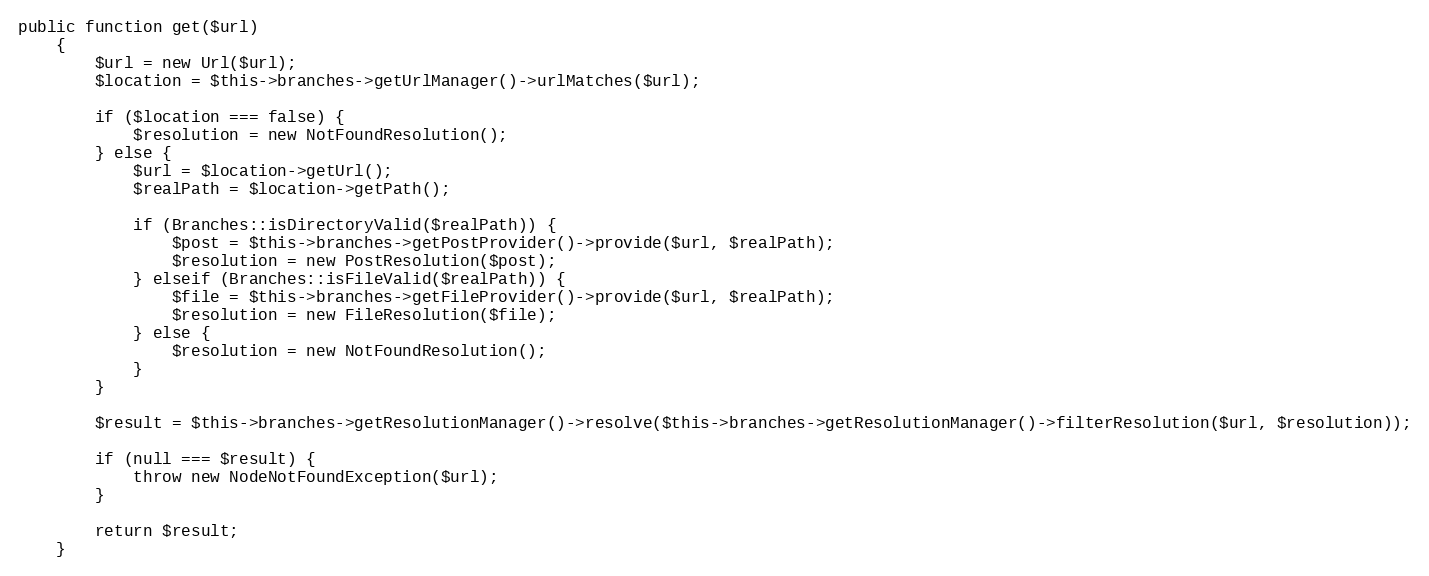
Language: PHP
public function get($url)
    {
        $url = new Url($url);
        $location = $this->branches->getUrlManager()->urlMatches($url);

        if ($location === false) {
            $resolution = new NotFoundResolution();
        } else {
            $url = $location->getUrl();
            $realPath = $location->getPath();

            if (Branches::isDirectoryValid($realPath)) {
                $post = $this->branches->getPostProvider()->provide($url, $realPath);
                $resolution = new PostResolution($post);
            } elseif (Branches::isFileValid($realPath)) {
                $file = $this->branches->getFileProvider()->provide($url, $realPath);
                $resolution = new FileResolution($file);
            } else {
                $resolution = new NotFoundResolution();
            }
        }

        $result = $this->branches->getResolutionManager()->resolve($this->branches->getResolutionManager()->filterResolution($url, $resolution));

        if (null === $result) {
            throw new NodeNotFoundException($url);
        }

        return $result;
    }